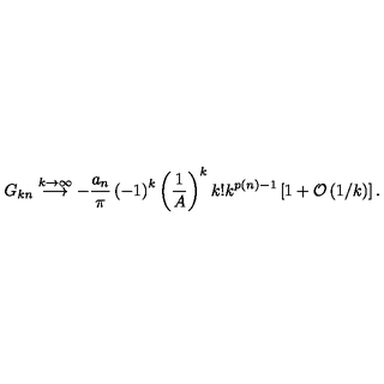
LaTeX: G _ { k n } \stackrel { k \rightarrow \infty } { \longrightarrow } - \frac { a _ { n } } { \pi } \left( - 1 \right) ^ { k } \left( \frac { 1 } { A } \right) ^ { k } k ! k ^ { p ( n ) - 1 } \left[ 1 + { \cal O } \left( 1 / k \right) \right] .